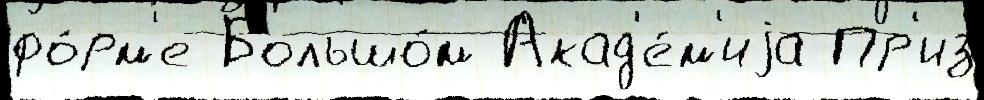
фо́рм'е Большо́м Акад'е́м'иjа Пр'из